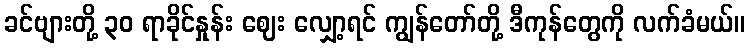
ခင်ဗျားတို့ ၃၀ ရာခိုင်နှုန်း ဈေး လျှော့ရင် ကျွန်တော်တို့ ဒီကုန်တွေကို လက်ခံမယ်။